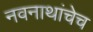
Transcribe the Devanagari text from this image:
नवनाथांचेच